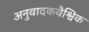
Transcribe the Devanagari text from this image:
अनुवादकवैश्विक